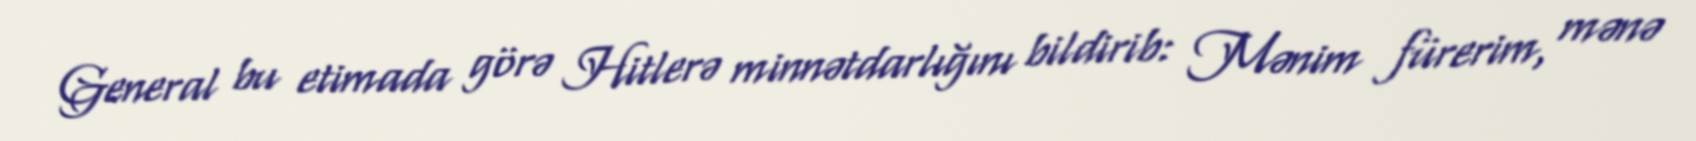
General bu etimada görə Hitlerə minnətdarlığını bildirib: Mənim fürerim, mənə